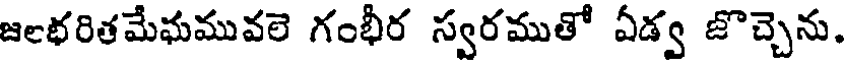
జలభరితమేఘమువలె గంభీర స్వరముతో ఏడ్వ జొచ్చెను.